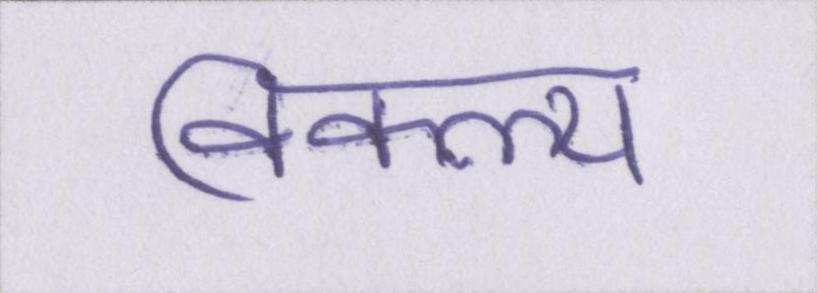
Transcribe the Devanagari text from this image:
विकल्प